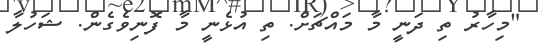
"މިހާރު ތި ދަނީ މާ މައްޗަށް. ތި އުޅެނީ މާ ފޮނިވެގެން. ޝަހުލާ